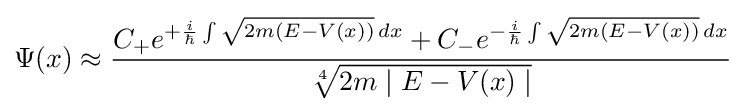
\Psi (x)\approx {\frac {C_{+}e^{+{\frac {i}{\hbar }}\int {\sqrt {2m\left(E-V(x)\right)}}\,dx}+C_{-}e^{-{\frac {i}{\hbar }}\int {\sqrt {2m\left(E-V(x)\right)}}\,dx}}{\sqrt[{4}]{2m\mid E-V(x)\mid }}}